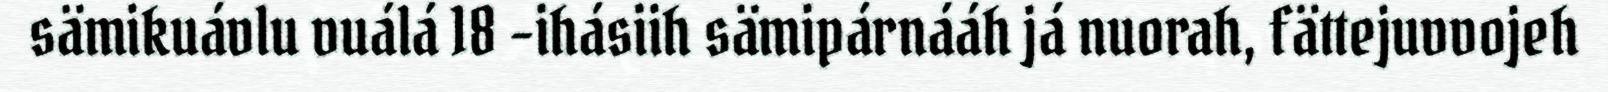
sämikuávlu vuálá 18 -ihásiih sämipárnááh já nuorah, fättejuvvojeh